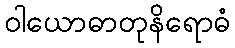
ဝါယောဓာတုနိရောဓံ